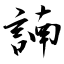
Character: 諵